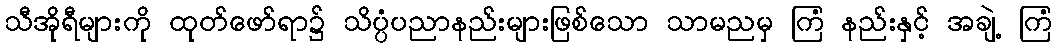
သီအိုရီများကို ထုတ်ဖော်ရာ၌ သိပ္ပံပညာနည်းများဖြစ်သော သာမညမှ ကြံ နည်းနှင့် အချဲ့ ကြံ